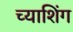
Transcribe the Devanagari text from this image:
च्याशिंग